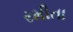
રમીતા